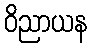
ဝိညာယန